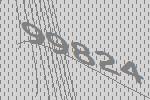
99824